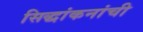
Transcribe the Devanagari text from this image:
सिद्धांकनांची